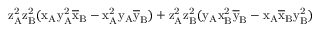
\mathrm { z _ { A } ^ { 2 } \mathrm { z _ { B } ^ { 2 } ( \mathrm { x _ { A } \mathrm { y _ { A } ^ { 2 } \mathrm { \overline { { x } } _ { B } - \mathrm { x _ { A } ^ { 2 } \mathrm { y _ { A } \mathrm { \overline { { y } } _ { B } ) + \mathrm { z _ { A } ^ { 2 } \mathrm { z _ { B } ^ { 2 } ( \mathrm { y _ { A } \mathrm { x _ { B } ^ { 2 } \mathrm { \overline { { y } } _ { B } - \mathrm { x _ { A } \mathrm { \overline { { x } } _ { B } \mathrm { y _ { B } ^ { 2 } ) } } } } } } } } } } } } } } } }